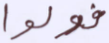
فولوا